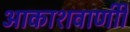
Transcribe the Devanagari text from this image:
आकाशवाणीी